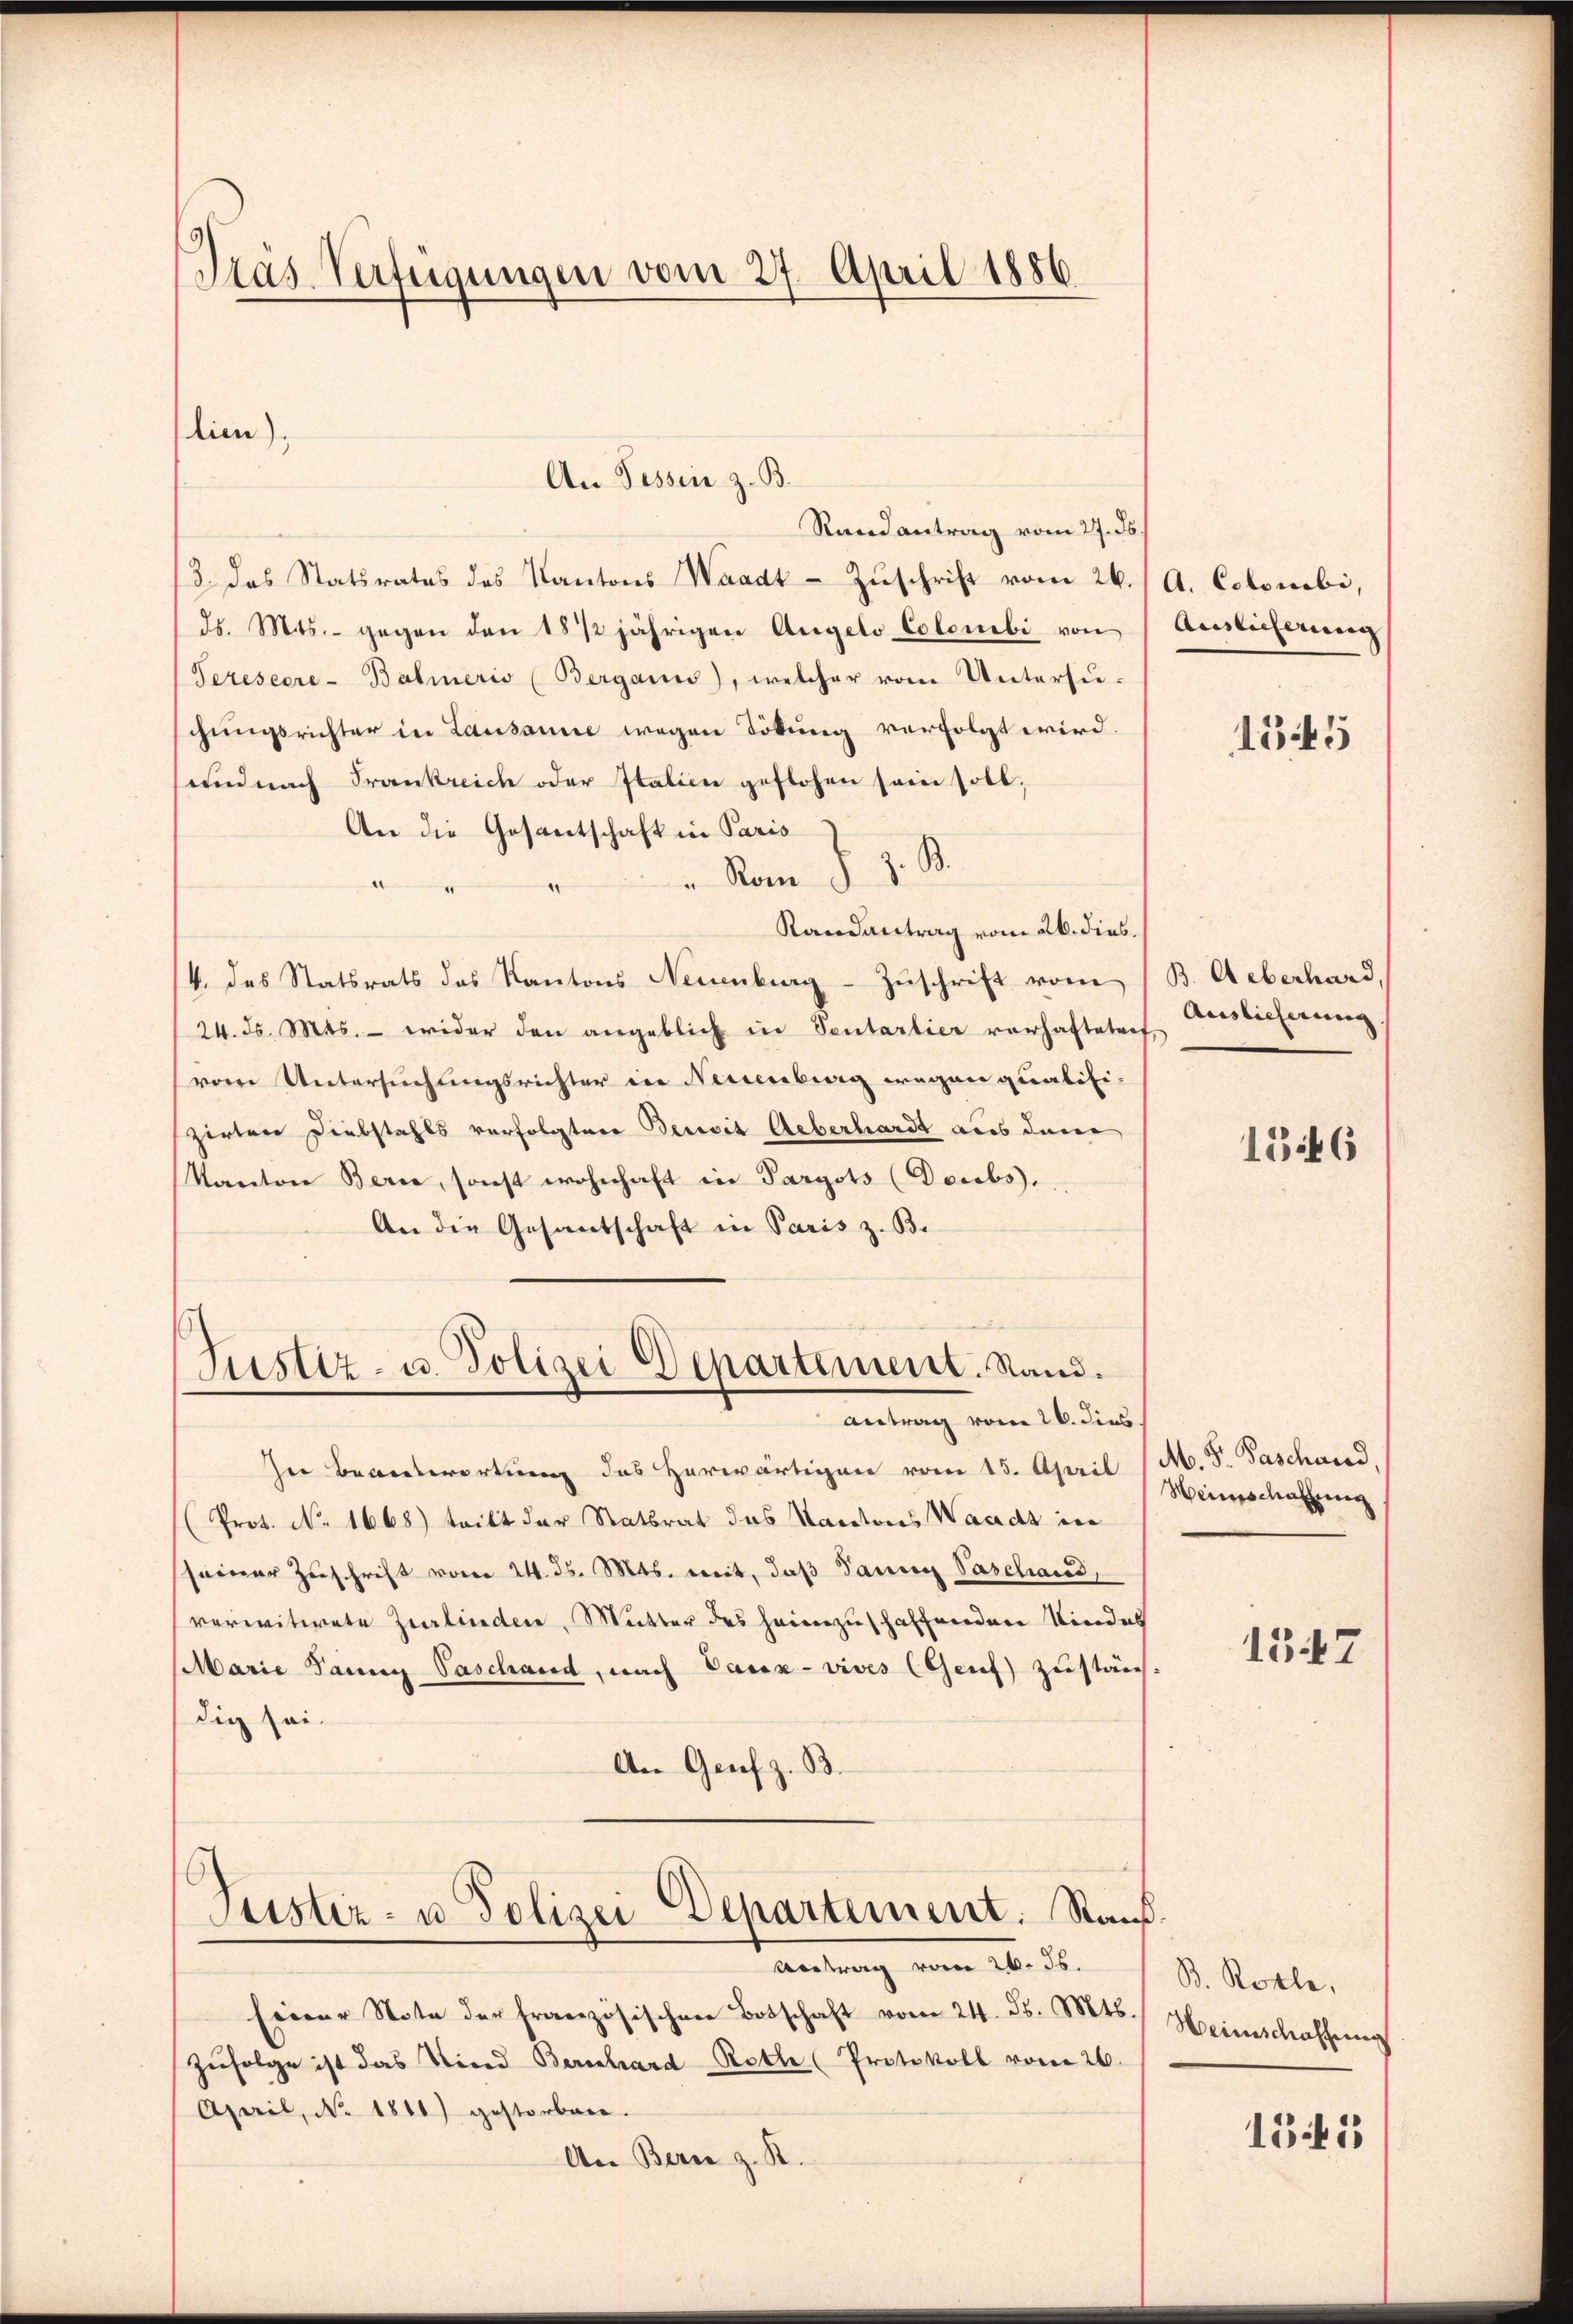
Gras Verfügungen vom 27. April 1886

lien),

An Tessin z. B.
Randantrag vom 27. ds.
3. Das Statsrates des Kantons Waadt-Zuschrift vom 26.
ds. Mts. gegen den 18 1/2 jährigen Angelo Colonebi von
Teresecre-Balmeris (Bergani), welcher vom Untersuchungsrichter in Lausanne wegen Tötung verfolgt wird.
und nach Frankreich oder Italien geflohen sein soll,
An die Gesantschaft in Paris
v. Rom J. J. St.
Randantrag vom 26. dies
4. das Statsrats des Kantons Neuenburg - Zuschrift vom
24. d. Mts. - wider den angeblich in Sentarlier vorhafteten,
vom Untersuchungsrichter in Neuenburg wegen qualifi-
zirter Diebstahls verfolgten Bereit Ueberhardt aus dem
Kanton Berne, sonst wohnhaft in Paryots (Doubs,
An die Gesantschaft in Paris z. B.
Justiz- u. Polizei Departement. Stand.
Antrag vom 26. dies
In Beantwortung des Herwärtigen vom 15. April
(Prot. No. 1668) tritt der Statsrat des Kantons Waadt in
seiner Zuschrift vom 24. ds. Mts. mit, daß dann Paschand,
verwitwete Zurlinden, Mutter des heimzuschaffenden Kindes
Marie Pann Paschand, nach Caux- vives (Genf zustän-
dig sei.
An Genf z. B.

Justiz- u Polizei Departement. Rauf¬

Antrag vom 26. ds.
Einer Note der französischen Botschaft vom 24. d. Mts.
Zufolge ist das Nied Bernhard Roth (Protokoll vom 26.
April, No. 1810) gestorben.
An Bern z. R.

A. Colonbi,
Auslieferung

1545

B. Ueberhard
Auslieferung

1546

M. S. Paschand,
Heinschaffung

1347

B. Rolle,
Weinschaffung

151